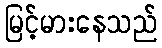
မြင့်မားနေသည်